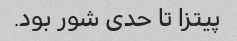
پیتزا تا حدی شور بود.